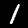
Label: 1